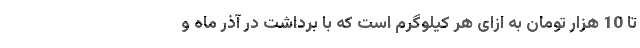
تا 10 هزار تومان به ازای هر کیلوگرم است که با برداشت در آذر ماه و